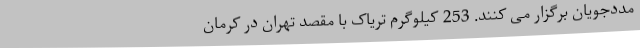
مددجویان برگزار می کنند. 253 کیلوگرم تریاک‌ با مقصد تهران در کرمان